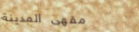
مقهى المدينة